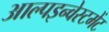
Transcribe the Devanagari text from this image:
आल्पइन्वेस्टमेंट